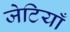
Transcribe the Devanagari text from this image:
जेटियाँ